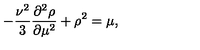
- { \frac { \nu ^ { 2 } } { 3 } } \frac { \partial ^ { 2 } \rho } { \partial \mu ^ { 2 } } + \rho ^ { 2 } = \mu ,